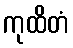
ကုထိတံ